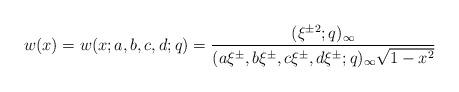
LaTeX: \begin{align*}w(x)=w(x;a,b,c,d;q)=\frac{(\xi^{\pm 2};q)_\infty}{(a\xi^\pm,b\xi^\pm,c\xi^\pm,d\xi^\pm;q)_\infty\sqrt{1-x^2}} \end{align*}